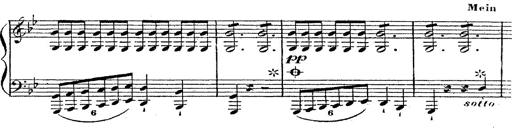
Title: 12 Lieder von Franz Schubert
Composer: Franz Liszt